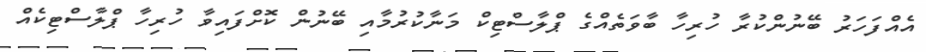
އެއްފަހަރު ބޭނުންކުރާ ހުރިހާ ބާވަތެއްގެ ޕްލާސްޓިކް މަނާކުރުމާއި ބޭނުން ކޮށްފައިވާ ހުރިހާ ޕްލާސްޓިކެއް